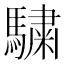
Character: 𩥶